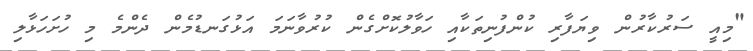
"މިއީ ސަރުކާރުން ވިޔަފާރި ކުންފުނިތަކާއި ހަވާލުކޮށްގެން ކުރުވާނަމަ އަޅުގަނޑުމެން ދެންމެ މި ހުށަހަޅާލި